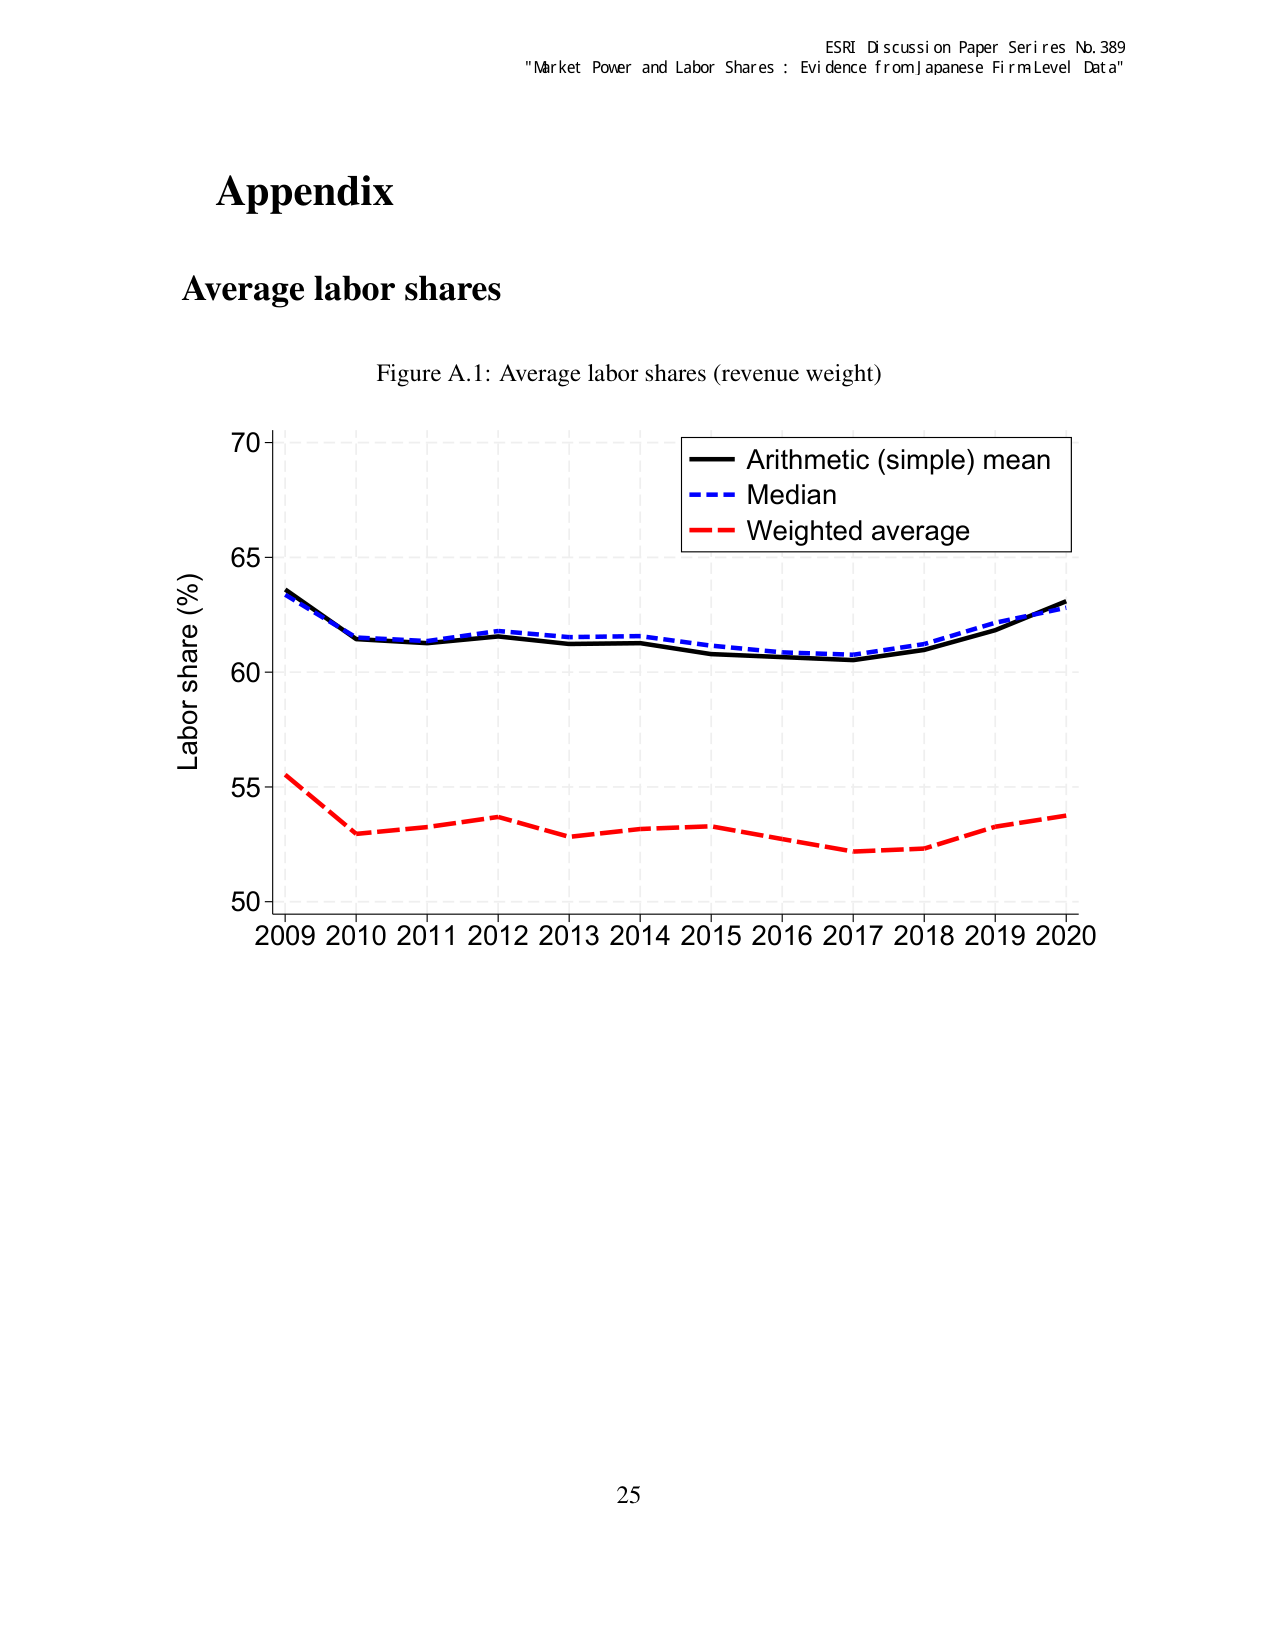
ESRI Discussion Paper Series No. 389
"Market Power and Labor Shares : Evidence from Japanese Firm Level Data"

Appendix
Average labor shares

Figure A.1: Average labor shares (revenue weight)

Labor share (%)
70
65
60
55
50

2009 2010 2011 2012 2013 2014 2015 2016 2017 2018 2019 2020

Arithmetic (simple) mean
Median
Weighted average

25